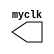
module clk( myclk);
output reg myclk=1;
always
begin
#1 myclk=~myclk;
end
endmodule